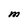
Character: M